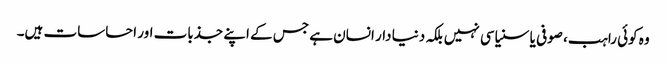
وہ کوئی راہب، صوفی یا سنیاسی نہیں بلکہ دنیا دار انسان ہے جس کے اپنے جذبات اور احساسات ہیں۔